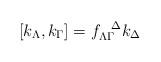
LaTeX: \begin{align*}[k_\Lambda, k_\Gamma]= f_{\Lambda \Gamma}^{\ \ \Delta} k_\Delta\end{align*}